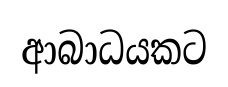
ආබාධයකට